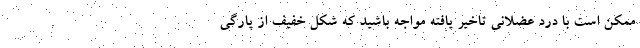
ممکن است با درد عضلانی تاخیر یافته مواجه باشید که شکل خفیف از پارگی